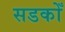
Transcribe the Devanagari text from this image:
सडकोँ